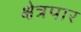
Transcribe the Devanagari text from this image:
क्षेत्रपार